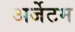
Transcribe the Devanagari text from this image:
अर्जेटम